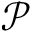
\mathcal { P }